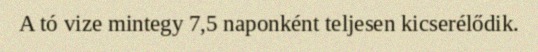
A tó vize mintegy 7,5 naponként teljesen kicserélődik.